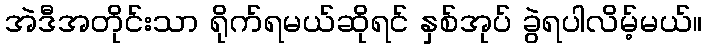
အဲဒီအတိုင်းသာ ရိုက်ရမယ်ဆိုရင် နှစ်အုပ် ခွဲရပါလိမ့်မယ်။